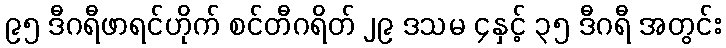
၉၅ ဒီဂရီဖာရင်ဟိုက် စင်တီဂရိတ် ၂၉ ဒသမ ၄နှင့် ၃၅ ဒီဂရီ အတွင်း